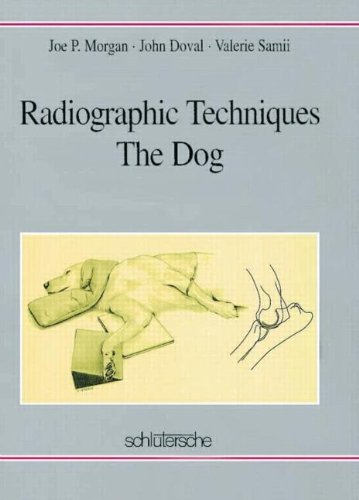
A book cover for Radiographic Techniques: the Dog; Joe P. Morgan; Medical Books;